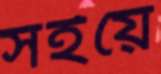
সইয়ে